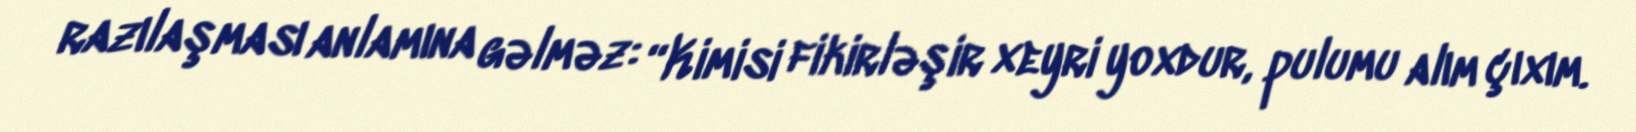
razılaşması anlamına gəlməz: “Kimisi fikirləşir xeyri yoxdur, pulumu alım çıxım.